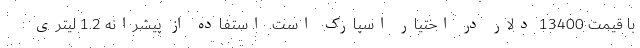
با قیمت 13400 دلار در اختیار اسپارک است. استفاده از پیشرانه 1.2 لیتری